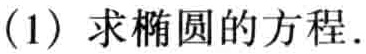
(1) 求椭圆的方程.